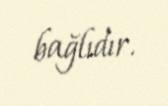
bağlıdır.